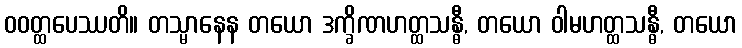
ဝဝတ္ထပေဿတိ။ တသ္မာနေန တယော ဒက္ခိဏဟတ္ထသန္ဓီ, တယော ဝါမဟတ္ထသန္ဓီ, တယော